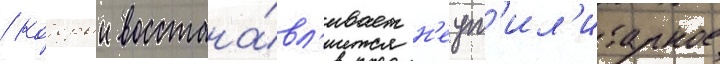
/ которыи восстана́вл'ивает н'еут'ил'итарное